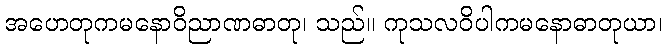
အဟေတုကမနောဝိညာဏဓာတု၊ သည်။ ကုသလဝိပါကမနောဓာတုယာ၊